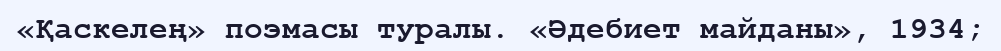
«Қаскелең» поэмасы туралы. «Әдебиет майданы», 1934;